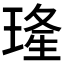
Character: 𤦶